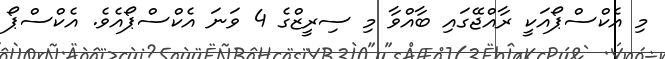
މި އެކްސްޕޯއަކީ ރާއްޖޭގައި ބާއްވާ މި ސިރީޒްގެ 4 ވަނަ އެކްސްޕޯއެވެ. އެކްސްޕޯ